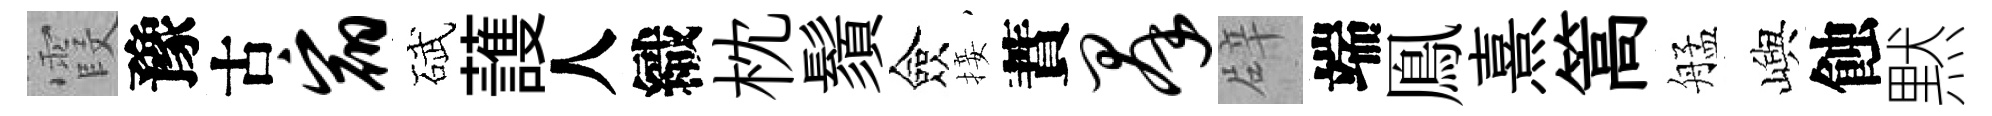
霞豫古宿碔䕶人織枕鬚僉接蕡群辟端鳯熹篙艋嶼蝕黙